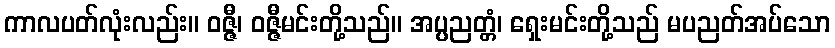
ကာလပတ်လုံးလည်း။ ဝဇ္ဇီ၊ ဝဇ္ဇီမင်းတို့သည်။ အပ္ပညတ္တံ၊ ရှေးမင်းတို့သည် မပညတ်အပ်သော